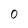
Character: 0